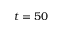
t = 5 0